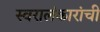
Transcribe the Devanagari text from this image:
स्वरालंकारांची